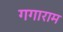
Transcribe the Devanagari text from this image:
गगाराम